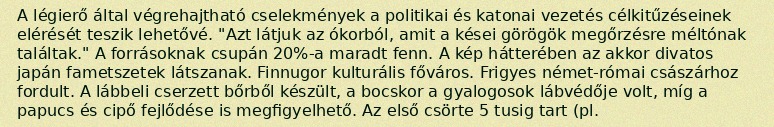
A légierő által végrehajtható cselekmények a politikai és katonai vezetés célkitűzéseinek elérését teszik lehetővé. "Azt látjuk az ókorból, amit a kései görögök megőrzésre méltónak találtak." A forrásoknak csupán 20%-a maradt fenn. A kép hátterében az akkor divatos japán fametszetek látszanak. Finnugor kulturális főváros. Frigyes német-római császárhoz fordult. A lábbeli cserzett bőrből készült, a bocskor a gyalogosok lábvédője volt, míg a papucs és cipő fejlődése is megfigyelhető. Az első csörte 5 tusig tart (pl.